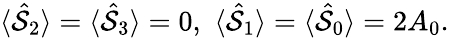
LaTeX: \begin{array}{r}{\langle\hat{\cal S}_{2}\rangle=\langle\hat{\cal S}_{3}\rangle=0,\, \, \langle\hat{\cal S}_{1}\rangle=\langle\hat{\cal S}_{0}\rangle=2A_{0}.}\end{array}